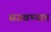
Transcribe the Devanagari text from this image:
सजवण्यात